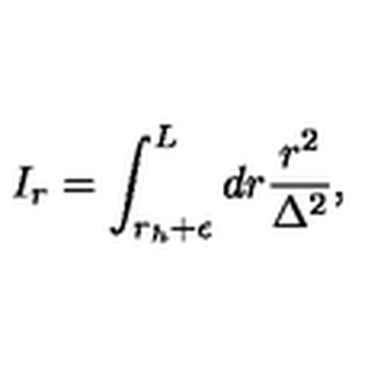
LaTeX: I _ { r } = \int _ { r _ { h } + \epsilon } ^ { L } d r \frac { r ^ { 2 } } { \Delta ^ { 2 } } ,